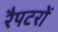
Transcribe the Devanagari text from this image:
रैपटरों